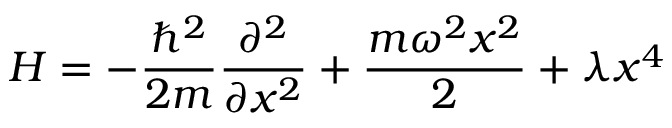
H = - { \frac { \hbar ^ { 2 } } { 2 m } } { \frac { \partial ^ { 2 } } { \partial x ^ { 2 } } } + { \frac { m \omega ^ { 2 } x ^ { 2 } } { 2 } } + \lambda x ^ { 4 }